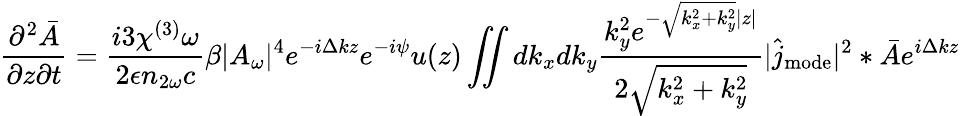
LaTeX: \frac{\partial^{2}\bar{A}}{\partial z\partial t}=\frac{i3\chi^{(3)}\omega}{2\epsilon n_{2\omega}c}\beta|A_{\omega}|^{4}e^{-i\Delta kz}e^{-i\psi}u(z)\iint dk_{x}dk_{y}\frac{k_{y}^{2}e^{-\sqrt{k_{x}^{2}+k_{y}^{2}}|z|}}{2\sqrt{k_{x}^{2}+k_{y}^{2}}}|\hat{j}_{\mathrm{mode}}|^{2}\ast\bar{A}e^{i\Delta kz}